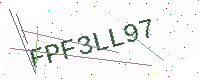
Text: FPF3LL97